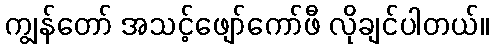
ကျွန်တော် အသင့်ဖျော်ကော်ဖီ လိုချင်ပါတယ်။